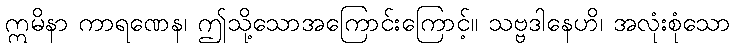
ဣမိနာ ကာရဏေန၊ ဤသို့သောအကြောင်းကြောင့်။ သဗ္ဗဒါနေဟိ၊ အလုံးစုံသော